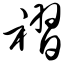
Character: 褶